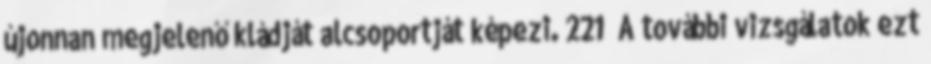
újonnan megjelenő kládját alcsoportját képezi. 221 A további vizsgálatok ezt